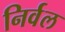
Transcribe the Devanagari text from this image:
निर्वल